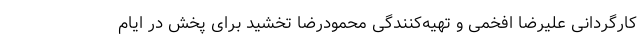
کارگردانی علیرضا افخمی و تهیه‌کنندگی محمودرضا تخشید برای پخش در ایام